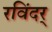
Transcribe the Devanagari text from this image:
रविंदर्